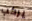
يركب